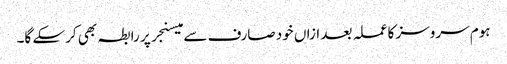
ہوم سروسز کا عملہ بعد ازاں خود صارف سے میسنجر پر رابطہ بھی کرسکے گا۔